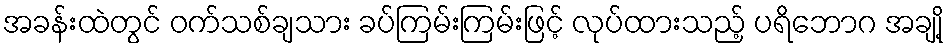
အခန်းထဲတွင် ဝက်သစ်ချသား ခပ်ကြမ်းကြမ်းဖြင့် လုပ်ထားသည့် ပရိဘောဂ အချို့